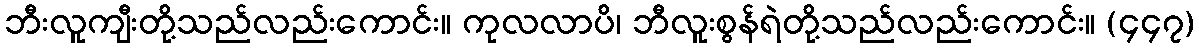
ဘီးလူကျီးတို့သည်လည်းကောင်း။ ကုလလာပိ၊ ဘီလူးစွန်ရဲတို့သည်လည်းကောင်း။ (၄၄၇)